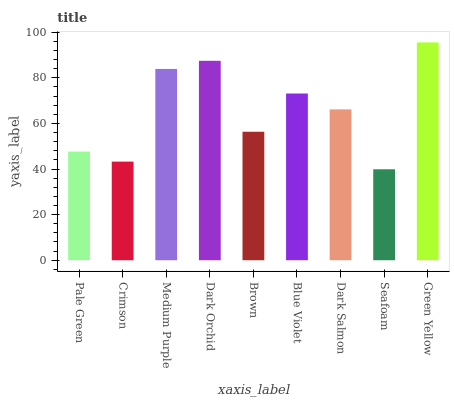
| xaxis_label | bars |
 | --- | --- |
 | Pale Green | 47.6 |
 | Crimson | 43.2 |
 | Medium Purple | 83.9 |
 | Dark Orchid | 87.4 |
 | Brown | 56.3 |
 | Blue Violet | 73.1 |
 | Dark Salmon | 66.1 |
 | Seafoam | 39.9 |
 | Green Yellow | 95.5 |